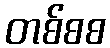
တစ်စစ